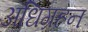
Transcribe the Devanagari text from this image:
अधिग्रहन